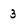
Character: 3